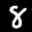
Label: 8